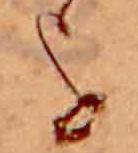
を